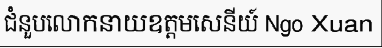
ជំនួបលោកនាយឧត្តមសេនីយ៍ Ngo Xuan